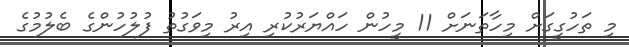
މި ތަހުގީގަށް މިހާތަނަށް 11 މީހުން ހައްޔަރުކުރި އިރު މިވަގުތު ފުލުހުންގެ ބެލުމުގެ